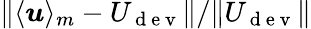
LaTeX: \| \langle\boldsymbol{u}\rangle_{m}-U_{\mathrm{~d~e~v~}}\| /\| U_{\mathrm{~d~e~v~}}\|